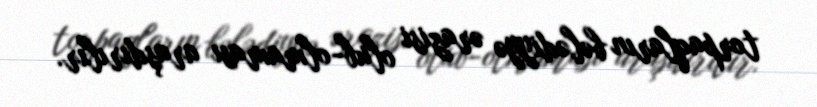
torpaqların bələdiyyə ərazisi olub-olmaması araşdırılır.